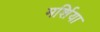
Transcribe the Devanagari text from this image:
मर्शिया